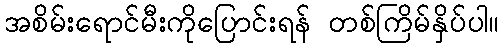
အစိမ်းရောင်မီးကိုပြောင်းရန် တစ်ကြိမ်နှိပ်ပါ။